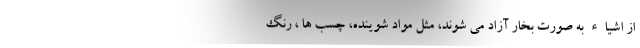
از اشیاء به صورت بخار آزاد می شوند، مثل مواد شوینده، چسب ها ، رنگ